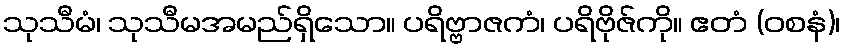
သုသီမံ၊ သုသီမအမည်ရှိသော။ ပရိဗ္ဗာဇကံ၊ ပရိဗိုဇ်ကို။ ဧတံ (ဝစနံ)၊